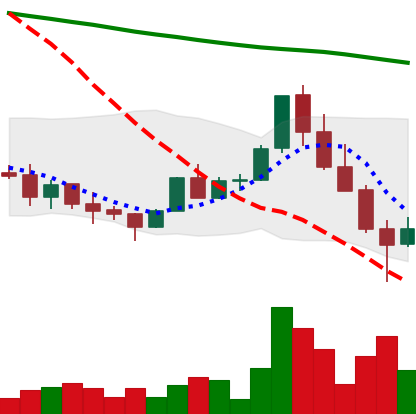
Ticker: ADA-USD
Chart end date: 2022-01-23
Forward return: -6.394%
Label: down_5_7